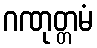
ဂဏုတ္တမံ